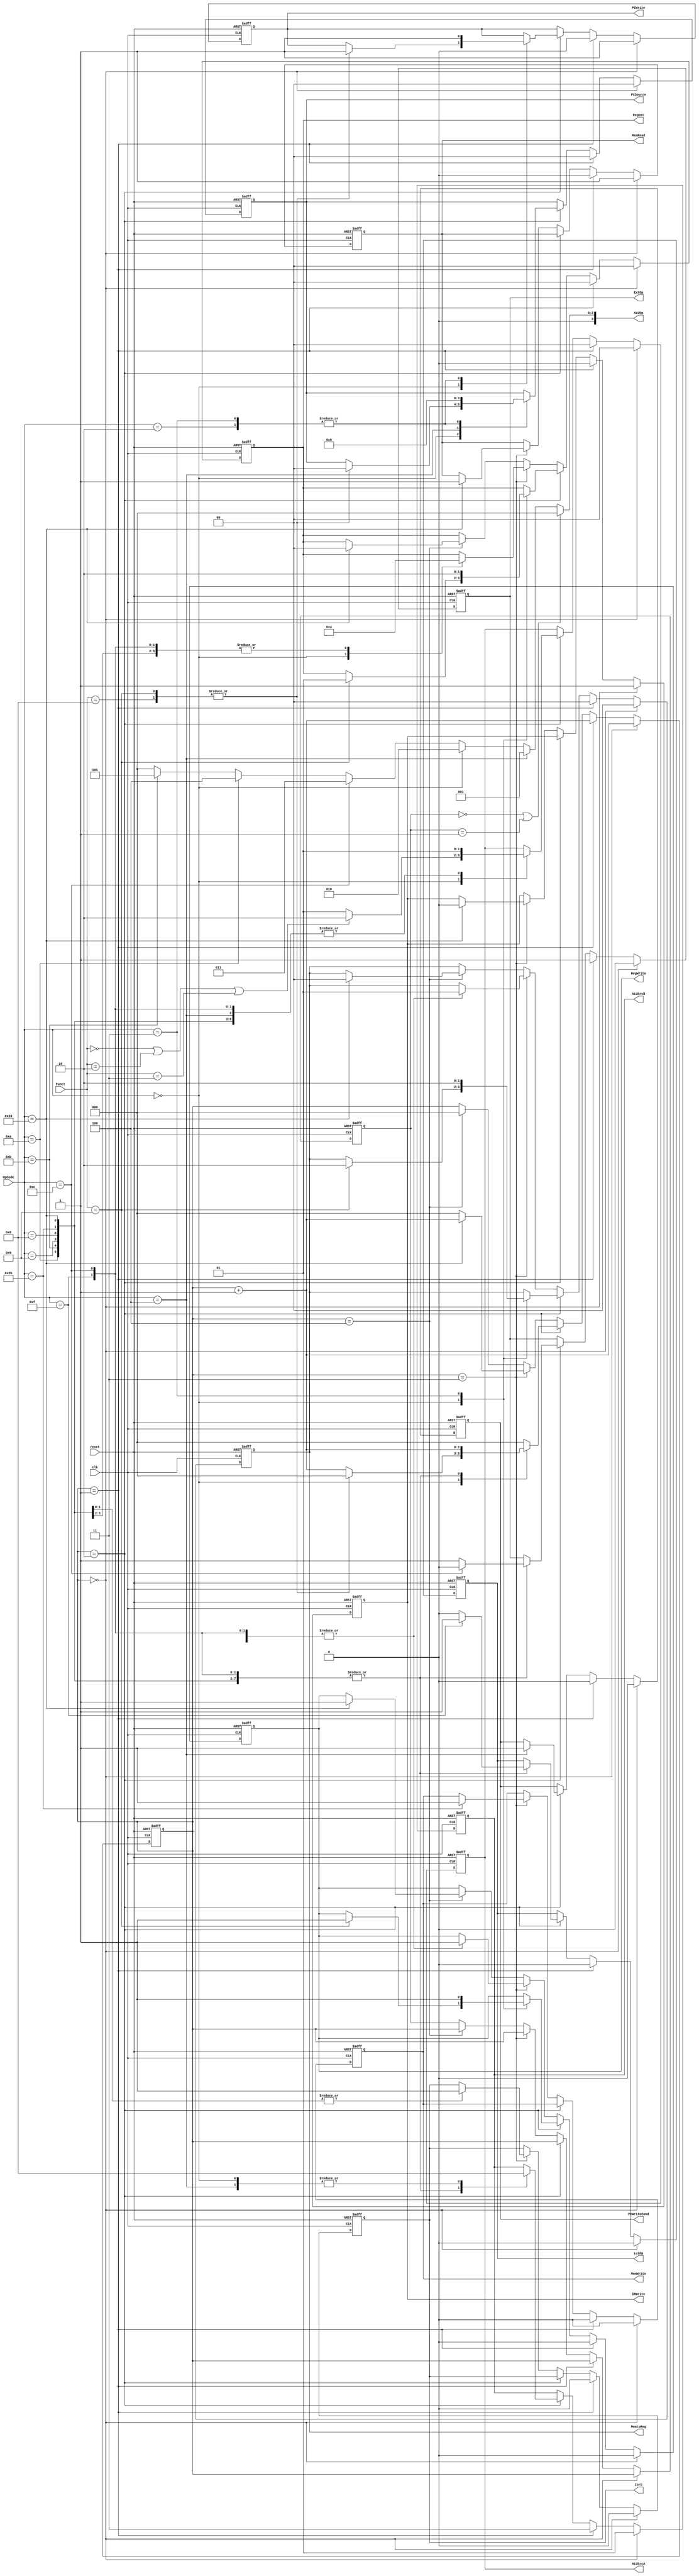
module Controller(reset, clk, OpCode, Funct, 
                PCWrite, PCWriteCond, IorD, MemWrite, MemRead,
                IRWrite, MemtoReg, RegDst, RegWrite, ExtOp, LuiOp,
                ALUSrcA, ALUSrcB, ALUOp, PCSource);
    //Input Clock Signals
    input reset;
    input clk;
    //Input Signals
    input  [5:0] OpCode;
    input  [5:0] Funct;
    //Output Control Signals
    output reg PCWrite;
    output reg PCWriteCond;
    output reg IorD;
    output reg MemWrite;
    output reg MemRead;
    output reg IRWrite;
    output reg [1:0] MemtoReg;
    output reg [1:0] RegDst;
    output reg RegWrite;
    output reg ExtOp;
    output reg LuiOp;
    output reg [1:0] ALUSrcA;
    output reg [1:0] ALUSrcB;
    output reg [3:0] ALUOp;
    output reg [1:0] PCSource;
      
     reg [2:0] state; //current state
     reg [2:0] next_state; //next_state
     parameter sIF = 3'b0 ,sID = 3'b1; 
     
    //--------------Your code below-----------------------

    always @(posedge reset or posedge clk) 
    begin
        if (reset) 
            begin
                state <= 3'b0;
                next_state <=3'b0;
                PCWrite <= 1'b0;
                PCWriteCond <= 1'b0;
                IorD <= 1'b0;
                MemWrite <= 1'b0;
                MemRead <= 1'b0;
                IRWrite <= 1'b0;
                MemtoReg <= 2'b00;
                RegDst <= 2'b0;
                RegWrite <= 1'b0;
                ExtOp <= 1'b0;
                LuiOp <= 1'b0;
                ALUSrcA <= 2'b0;
                ALUSrcB <= 2'b0;
                PCSource <=2'b0;
            end
        else
        begin
            if (next_state == sIF) 
                begin
                    
                    state <= next_state;
                    next_state <= next_state + 3'b1;
                    
                    MemRead <= 1'b1;
                    IRWrite <= 1'b1;
                    PCWrite <= 1'b1;
                    PCSource <= 2'b00;
                    ALUSrcA <= 2'b00;
                    IorD <= 1'b0;
                    ALUSrcB <= 2'b01;
        
                    PCWriteCond <= 1'b0;
                    MemWrite <= 1'b0;
                    MemtoReg <= 2'b00;
                    RegDst <= 2'b0;
                    RegWrite <= 1'b0;
                    ExtOp <= 1'b0;
                    LuiOp <= 1'b0;
                end
                
            else if (next_state == sID) 
                begin
                    state <= next_state;
                    next_state <= next_state + 3'b1;
                    ALUSrcA <= 2'b00;
                    ALUSrcB <= 2'b11;    
                    ExtOp <= 1'b1;
                    
                    PCWrite <= 1'b0;
                    PCWriteCond <= 1'b0;
                    IorD <= 1'b0;
                    MemWrite <= 1'b0;
                    MemRead <= 1'b0;
                    IRWrite <= 1'b0;
                    MemtoReg <= 2'b00;
                    RegDst <= 2'b0;
                    RegWrite <= 1'b0;
                    LuiOp <= 1'b0;
                    PCSource <=2'b0;
                end
            else if (next_state == 3'd2) 
                begin
                    state <= next_state;
                    case(OpCode)
                        6'h00: 
                            begin
                                ALUSrcA <= (Funct==6'h00 || Funct==6'h02 || Funct==6'h03 ) ? 2'b10 : 2'b01; //sll,srl,sra
                                ALUSrcB <= 2'b00;                       
                                case(Funct)
                                    6'h08:      
                                        begin
                                            PCSource <= 2'b00;
                                            PCWrite  <= 1'b1;
                                            next_state <= sIF;
                                        end
                                    6'h09:        // jalr
                                        begin
                                            PCSource <= 2'b00;
                                            PCWrite  <= 1'b1;
                                            next_state <= sIF;
                                            
                                            RegDst <= 2'b01;   
                                            MemtoReg <= 2'b10;
                                            RegWrite <= 1'b1;
                                        end
                                    default:
                                        begin
                                            next_state <= next_state + 3'b1;
                                        end
                                endcase
                            end
                        6'h23,6'h2b,6'h0f,6'h08,6'h09,6'h0c,6'h0b,6'h0a:      
                            begin
                                ALUSrcA <= 2'b01;   
                                ALUSrcB <= 2'b10;   
                                ExtOp <=((OpCode==6'h0c)? 0 : 1);      
                                LuiOp <=((OpCode==6'h0f)? 1 : 0);      
                                next_state <= next_state +3'b1;
                            end
                        6'h04:  // beq
                            begin
                                PCWriteCond <= 1'b1;
                                ALUSrcA <= 2'b01;
                                ALUSrcB <= 2'b00;
                                PCSource <= 2'b01;
                                next_state <= sIF;
                            end
                        6'h02:  // j
                            begin
                                PCWrite <= 1'b1;
                                PCSource <= 2'b10;
                                next_state <= sIF;
                            end
                        6'h03:  // jal
                            begin
                                PCWrite <= 1'b1;
                                PCSource <= 2'b10;
                                                               
                                RegDst <=  2'b10;   
                                MemtoReg <= 2'b10;
                                RegWrite <= 1'b1;
                                
                                next_state <= sIF;
                            end 
                        default: 
                            begin
                                next_state <= sIF;
                            end
                    endcase
                end
            else if (next_state == 3'd3) 
                begin
                    state<=next_state;
                    case(OpCode)
                        6'h00: 
                            begin
                                RegWrite <= 1'b1;
                                RegDst <= 2'b01;
                                MemtoReg <= 2'b01;
                                next_state <= sIF;
                            end
                        6'h2b:      
                            begin
                                MemWrite<=1'b1;
                                IorD <=1'b1;
                                next_state <= sIF;
                            end
                        6'h08,6'h09,6'h0c,6'h0b,6'h0a,6'h0f:      
                            begin
                                RegWrite <= 1'b1;
                                RegDst <= 2'b00;
                                MemtoReg <= 2'b01;
                                next_state <= sIF;
                            end
                        6'h23:      
                            begin
                                MemRead <= 1'b1;
                                IorD <= 1'b1;
                                IRWrite <=1'b0;
                                next_state <= next_state +3'b001;
                            end
                        default: 
                            begin
                                next_state <= sIF;
                            end
                    endcase
        
                end
            else if (next_state == 3'd4) 
                begin
                    state<=next_state;
                    case(OpCode)
                        6'h23: 
                            begin
                                RegWrite <= 1'b1;
                                RegDst <= 2'b00;
                                MemtoReg <= 2'b00;
                                next_state <= sIF;
                            end
                        default: 
                            begin
                                next_state <= sIF;
                            end
                    endcase
                 end
         end
    end
    
    
    //--------------Your code below-----------------------
    //ALUOp
    always @(*)
    begin
        if(state == sIF || state == sID) ALUOp <= 4'b0000;
        else if(OpCode == 4'h04) ALUOp <= 4'b0001;
        else if(OpCode == 4'h00) ALUOp <= 4'b0010;      // R type
        else if(OpCode == 4'h0c) ALUOp <= 4'b0011;
        else if(OpCode == 4'h0a) ALUOp <= 4'b0100;
        else if(OpCode == 4'h0b) ALUOp <= 4'b0101;
        else ALUOp <= 4'b0000;
    end

    //--------------Your code above-----------------------

endmodule